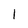
Character: I